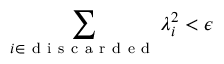
\sum _ { i \in \mathrm { ~ d ~ i ~ s ~ c ~ a ~ r ~ d ~ e ~ d ~ } } \lambda _ { i } ^ { 2 } < \epsilon